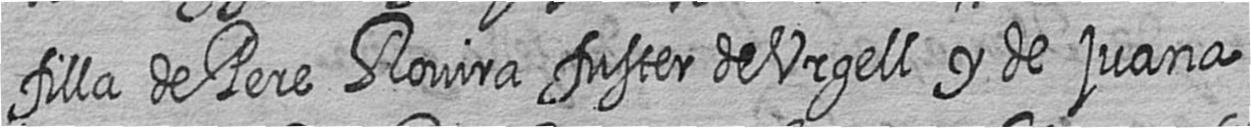
filla de Pere Rovira fuster de Urgell y de juana